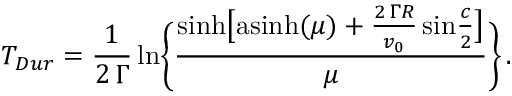
T _ { D u r } = { \frac { 1 } { 2 \, \Gamma } } \, \mathrm { l n } \Bigg \{ { \frac { \mathrm { s i n h } \big [ \mathrm { a s i n h } ( \mu ) + { \frac { 2 \, \Gamma R } { v _ { 0 } } } \, \mathrm { s i n } { \frac { c } { 2 } } \big ] } { \mu } } \Bigg \} \, .